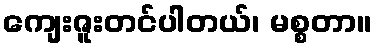
ကျေးဇူးတင်ပါတယ်၊ မစ္စတာ။